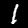
Label: 1